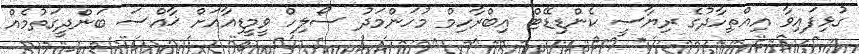
ގުޅިފައިވާ އިއްތިހާދުގެ ރިޔާސީ ކެންޑިޑޭޓް އިބްރާހިމް މުހަންމަދު ސޯލިހް ވީމީޑިއާއަށް ޚާއްސަ ބަންދީގަތުމެއް